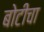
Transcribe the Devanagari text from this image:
बोटीचा